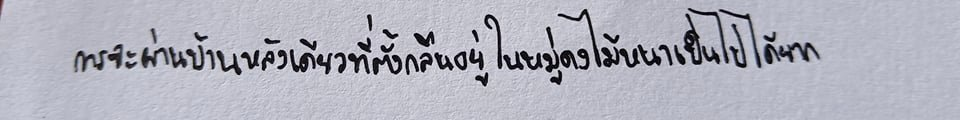
การจะผ่านบ้านหลังเดียวที่ตั้งกลืนอยู่ในหมู่ดงไม้หนาเป็นไปได้ยาก